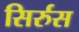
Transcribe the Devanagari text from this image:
सिर्रुस